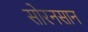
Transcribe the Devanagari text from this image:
सोरनसान